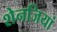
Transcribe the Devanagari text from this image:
शेनजियां